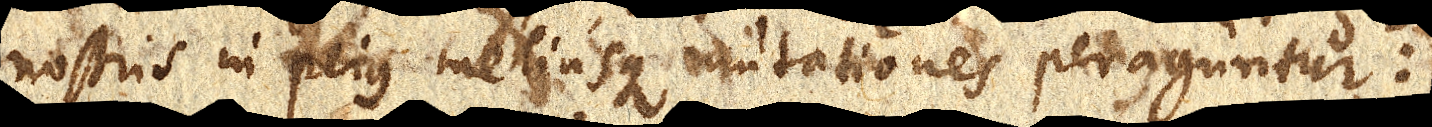
nostris in peius meliusque mutationes peraguntur: